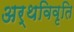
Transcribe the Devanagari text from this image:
अर्थविवृति